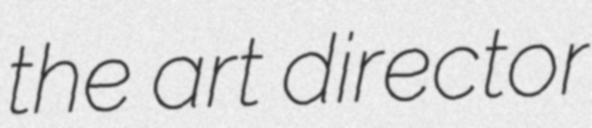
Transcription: the art director